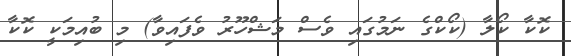
ކޮކާ ކޯލާ (ކޯކްގެ ނަމުގައި ވެސް މަޝްހޫރު ވެފައިވާ) މި ބުއިމަކީ ކޮކާ